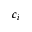
c _ { i }